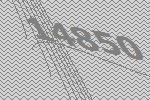
14850